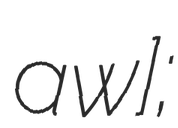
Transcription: aʁwɛ];